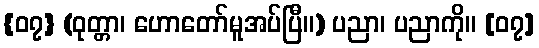
{၀၇} (ဝုတ္တာ၊ ဟောတော်မူအပ်ပြီ။) ပညာ၊ ပညာကို။ [၀၇]